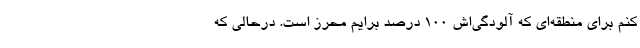
کنم برای منطقه‌ای که آلودگی‌اش ۱۰۰ درصد برایم محرز است. درحالی که